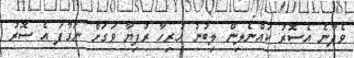
ވެދާނެ އެސޮރު ކައްނެލިން ލިބުނު ހުރިހާ ރުފިޔާ ވަގަށް ނަގާފަ އެ ސޮރު